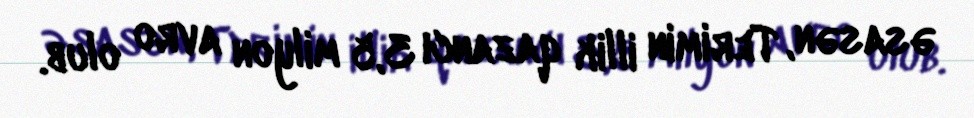
əsasən, Terimin illik qazancı 3,5 milyon avro olub.